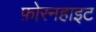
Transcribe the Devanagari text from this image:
फ़ोरनहाइट